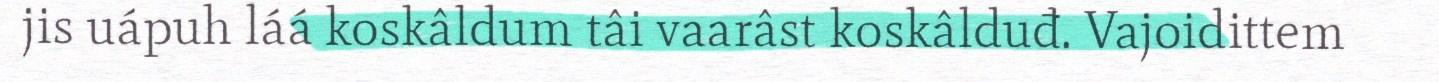
jis uápuh láá koskâldum tâi vaarâst koskâlduđ. Vajoidittem